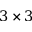
3 \times 3